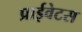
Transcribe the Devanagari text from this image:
प्राईवेटस